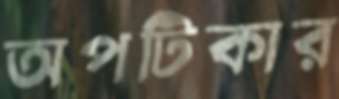
অপটিকার